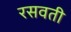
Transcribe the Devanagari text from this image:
रसवती